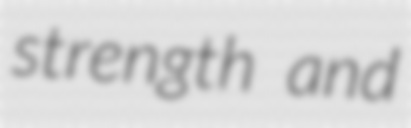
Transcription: strength and